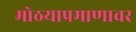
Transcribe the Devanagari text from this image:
मोठयाप्रमाणावर